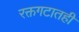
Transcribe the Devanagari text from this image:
रक्तगटातही